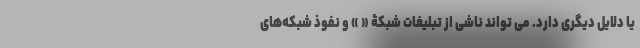
یا دلایل دیگری دارد. می تواند ناشی از تبلیغات شبکۀ « » و نفوذ شبکه‌های